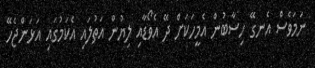
ނަމަވެސް އެނގޭ ހިސާބުން އެމީހަކަށް ދޭ އެވޯޑާއި ލިޔުން އަތުލައި އެކަމުގައި އަޅަންޖެހޭ